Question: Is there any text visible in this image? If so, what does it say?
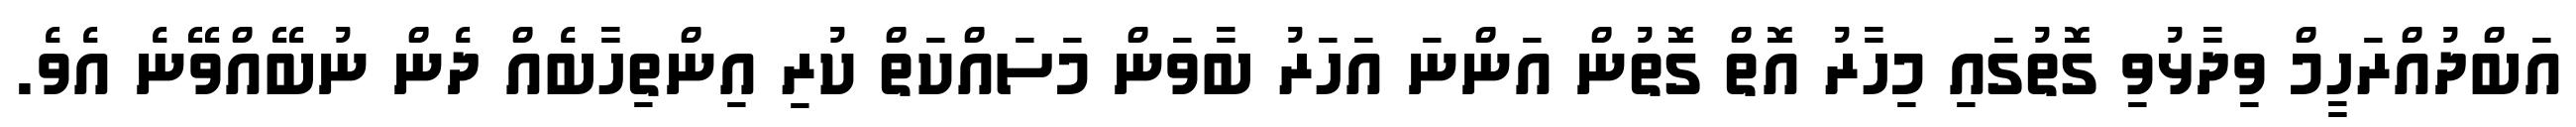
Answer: އަބްދުއްރަހީމް ވިދާޅުވި ގޮތުގައި މިހާރު އޮތް ގޮތުން އަންނަ އަހަރު ބާވަން މަސައްކަތް ކުރި އިންތިހާބެއް ދެން ނުބޭއްވޭނެ އެވެ.